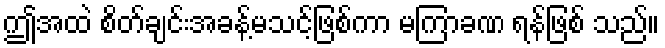
ဤအထဲ စိတ်ချင်းအခန့်မသင့်ဖြစ်ကာ မကြာခဏ ရန်ဖြစ် သည်။